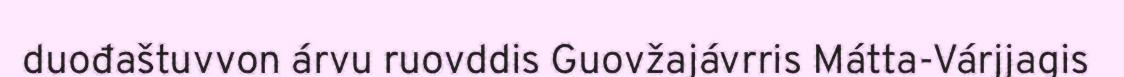
duođaštuvvon árvu ruovddis Guovžajávrris Mátta-Várjjagis